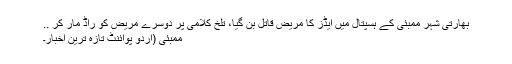
بھارتی شہر ممبئی کے ہسپتال میں ایڈز کا مریض قاتل بن گیا، تلخ کلامی پر دوسرے مریض کو راڈ مار کر ..
ممبئی (اُردو پوائنٹ تازہ ترین اخبار۔